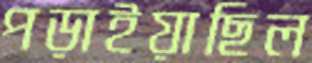
পড়াইয়াছিল